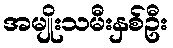
အမျိုးသမီးနှစ်ဦး